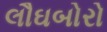
લૌઘબોરો